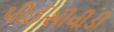
પીઈસીવીડી